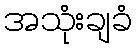
အသုံးချခံ